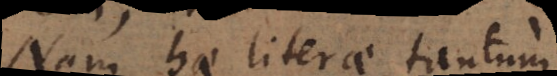
Nam hae literae tantum